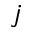
j